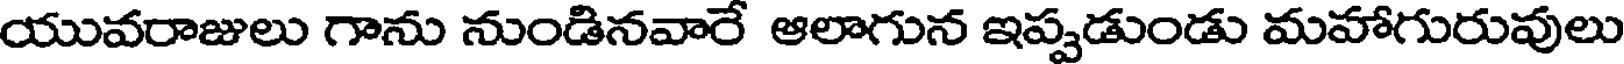
యువరాజులు గాను నుండినవారే ఆలాగున ఇప్పడుండు మహాగురువులు